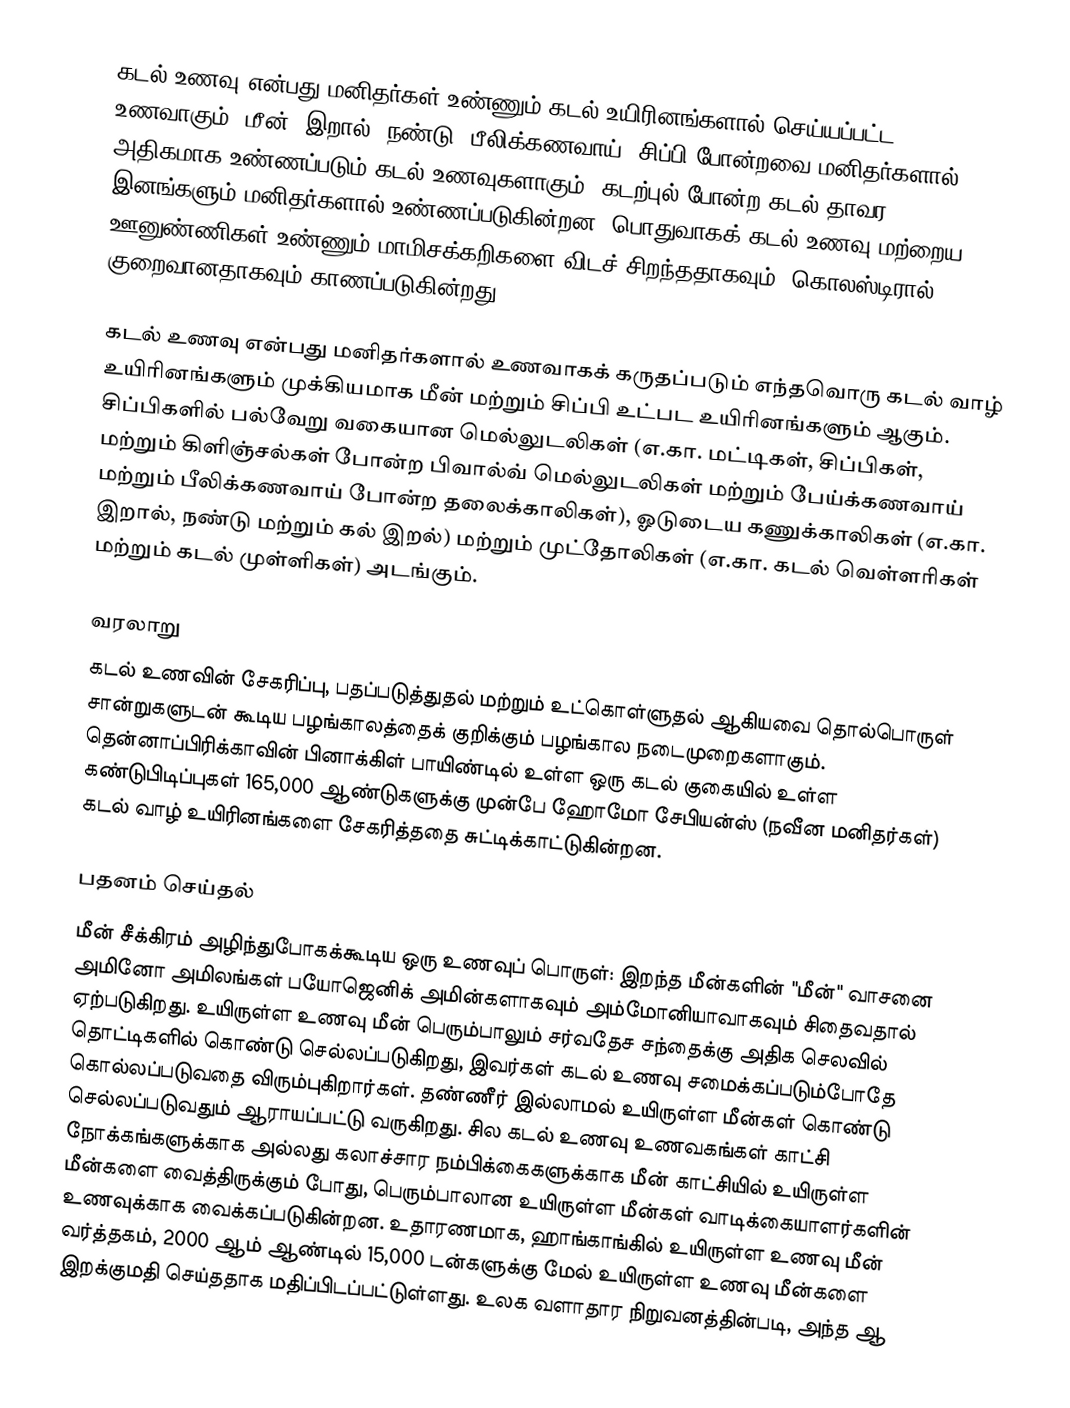
கடல் உணவு என்பது மனிதர்கள் உண்ணும் கடல் உயிரினங்களால் செய்யப்பட்ட உணவாகும். மீன், இறால், நண்டு, பீலிக்கணவாய், சிப்பி போன்றவை மனிதர்களால் அதிகமாக உண்ணப்படும் கடல் உணவுகளாகும். கடற்புல் போன்ற கடல் தாவர இனங்களும் மனிதர்களால் உண்ணப்படுகின்றன. பொதுவாகக் கடல் உணவு மற்றைய ஊனுண்ணிகள் உண்ணும் மாமிசக்கறிகளை விடச் சிறந்ததாகவும், கொலஸ்டிரால் குறைவானதாகவும் காணப்படுகின்றது.

கடல் உணவு என்பது மனிதர்களால் உணவாகக் கருதப்படும் எந்தவொரு கடல் வாழ் உயிரினங்களும் முக்கியமாக மீன் மற்றும் சிப்பி உட்பட உயிரினங்களும் ஆகும். சிப்பிகளில் பல்வேறு வகையான மெல்லுடலிகள் (எ.கா. மட்டிகள், சிப்பிகள், மற்றும் கிளிஞ்சல்கள் போன்ற பிவால்வ் மெல்லுடலிகள் மற்றும் பேய்க்கணவாய் மற்றும் பீலிக்கணவாய் போன்ற தலைக்காலிகள்), ஓடுடைய கணுக்காலிகள் (எ.கா. இறால், நண்டு மற்றும் கல் இறல்) மற்றும் முட்தோலிகள் (எ.கா. கடல் வெள்ளரிகள் மற்றும் கடல் முள்ளிகள்) அடங்கும்.

வரலாறு
கடல் உணவின் சேகரிப்பு, பதப்படுத்துதல் மற்றும் உட்கொள்ளுதல் ஆகியவை தொல்பொருள் சான்றுகளுடன் கூடிய பழங்காலத்தைக் குறிக்கும் பழங்கால நடைமுறைகளாகும். தென்னாப்பிரிக்காவின் பினாக்கிள் பாயிண்டில் உள்ள ஒரு கடல் குகையில் உள்ள கண்டுபிடிப்புகள் 165,000 ஆண்டுகளுக்கு முன்பே ஹோமோ சேபியன்ஸ் (நவீன மனிதர்கள்) கடல் வாழ் உயிரினங்களை சேகரித்ததை சுட்டிக்காட்டுகின்றன.

பதனம் செய்தல்
மீன் சீக்கிரம் அழிந்துபோகக்கூடிய ஒரு உணவுப் பொருள்: இறந்த மீன்களின் "மீன்" வாசனை அமினோ அமிலங்கள் பயோஜெனிக் அமின்களாகவும் அம்மோனியாவாகவும் சிதைவதால் ஏற்படுகிறது. உயிருள்ள உணவு மீன் பெரும்பாலும் சர்வதேச சந்தைக்கு அதிக செலவில் தொட்டிகளில் கொண்டு செல்லப்படுகிறது, இவர்கள் கடல் உணவு சமைக்கப்படும்போதே கொல்லப்படுவதை விரும்புகிறார்கள். தண்ணீர் இல்லாமல் உயிருள்ள மீன்கள் கொண்டு செல்லப்படுவதும் ஆராயப்பட்டு வருகிறது. சில கடல் உணவு உணவகங்கள் காட்சி நோக்கங்களுக்காக அல்லது கலாச்சார நம்பிக்கைகளுக்காக மீன் காட்சியில் உயிருள்ள மீன்களை வைத்திருக்கும் போது, பெரும்பாலான உயிருள்ள மீன்கள் வாடிக்கையாளர்களின் உணவுக்காக வைக்கப்படுகின்றன. உதாரணமாக, ஹாங்காங்கில் உயிருள்ள உணவு மீன் வர்த்தகம், 2000 ஆம் ஆண்டில் 15,000 டன்களுக்கு மேல் உயிருள்ள உணவு மீன்களை இறக்குமதி செய்ததாக மதிப்பிடப்பட்டுள்ளது. உலக வளாதார நிறுவனத்தின்படி, அந்த ஆ